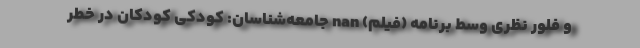
و فلور نظری وسط برنامه (فیلم) nan جامعه‌شناسان: کودکی کودکان در خطر